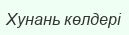
Хунань көлдері